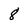
Character: 8